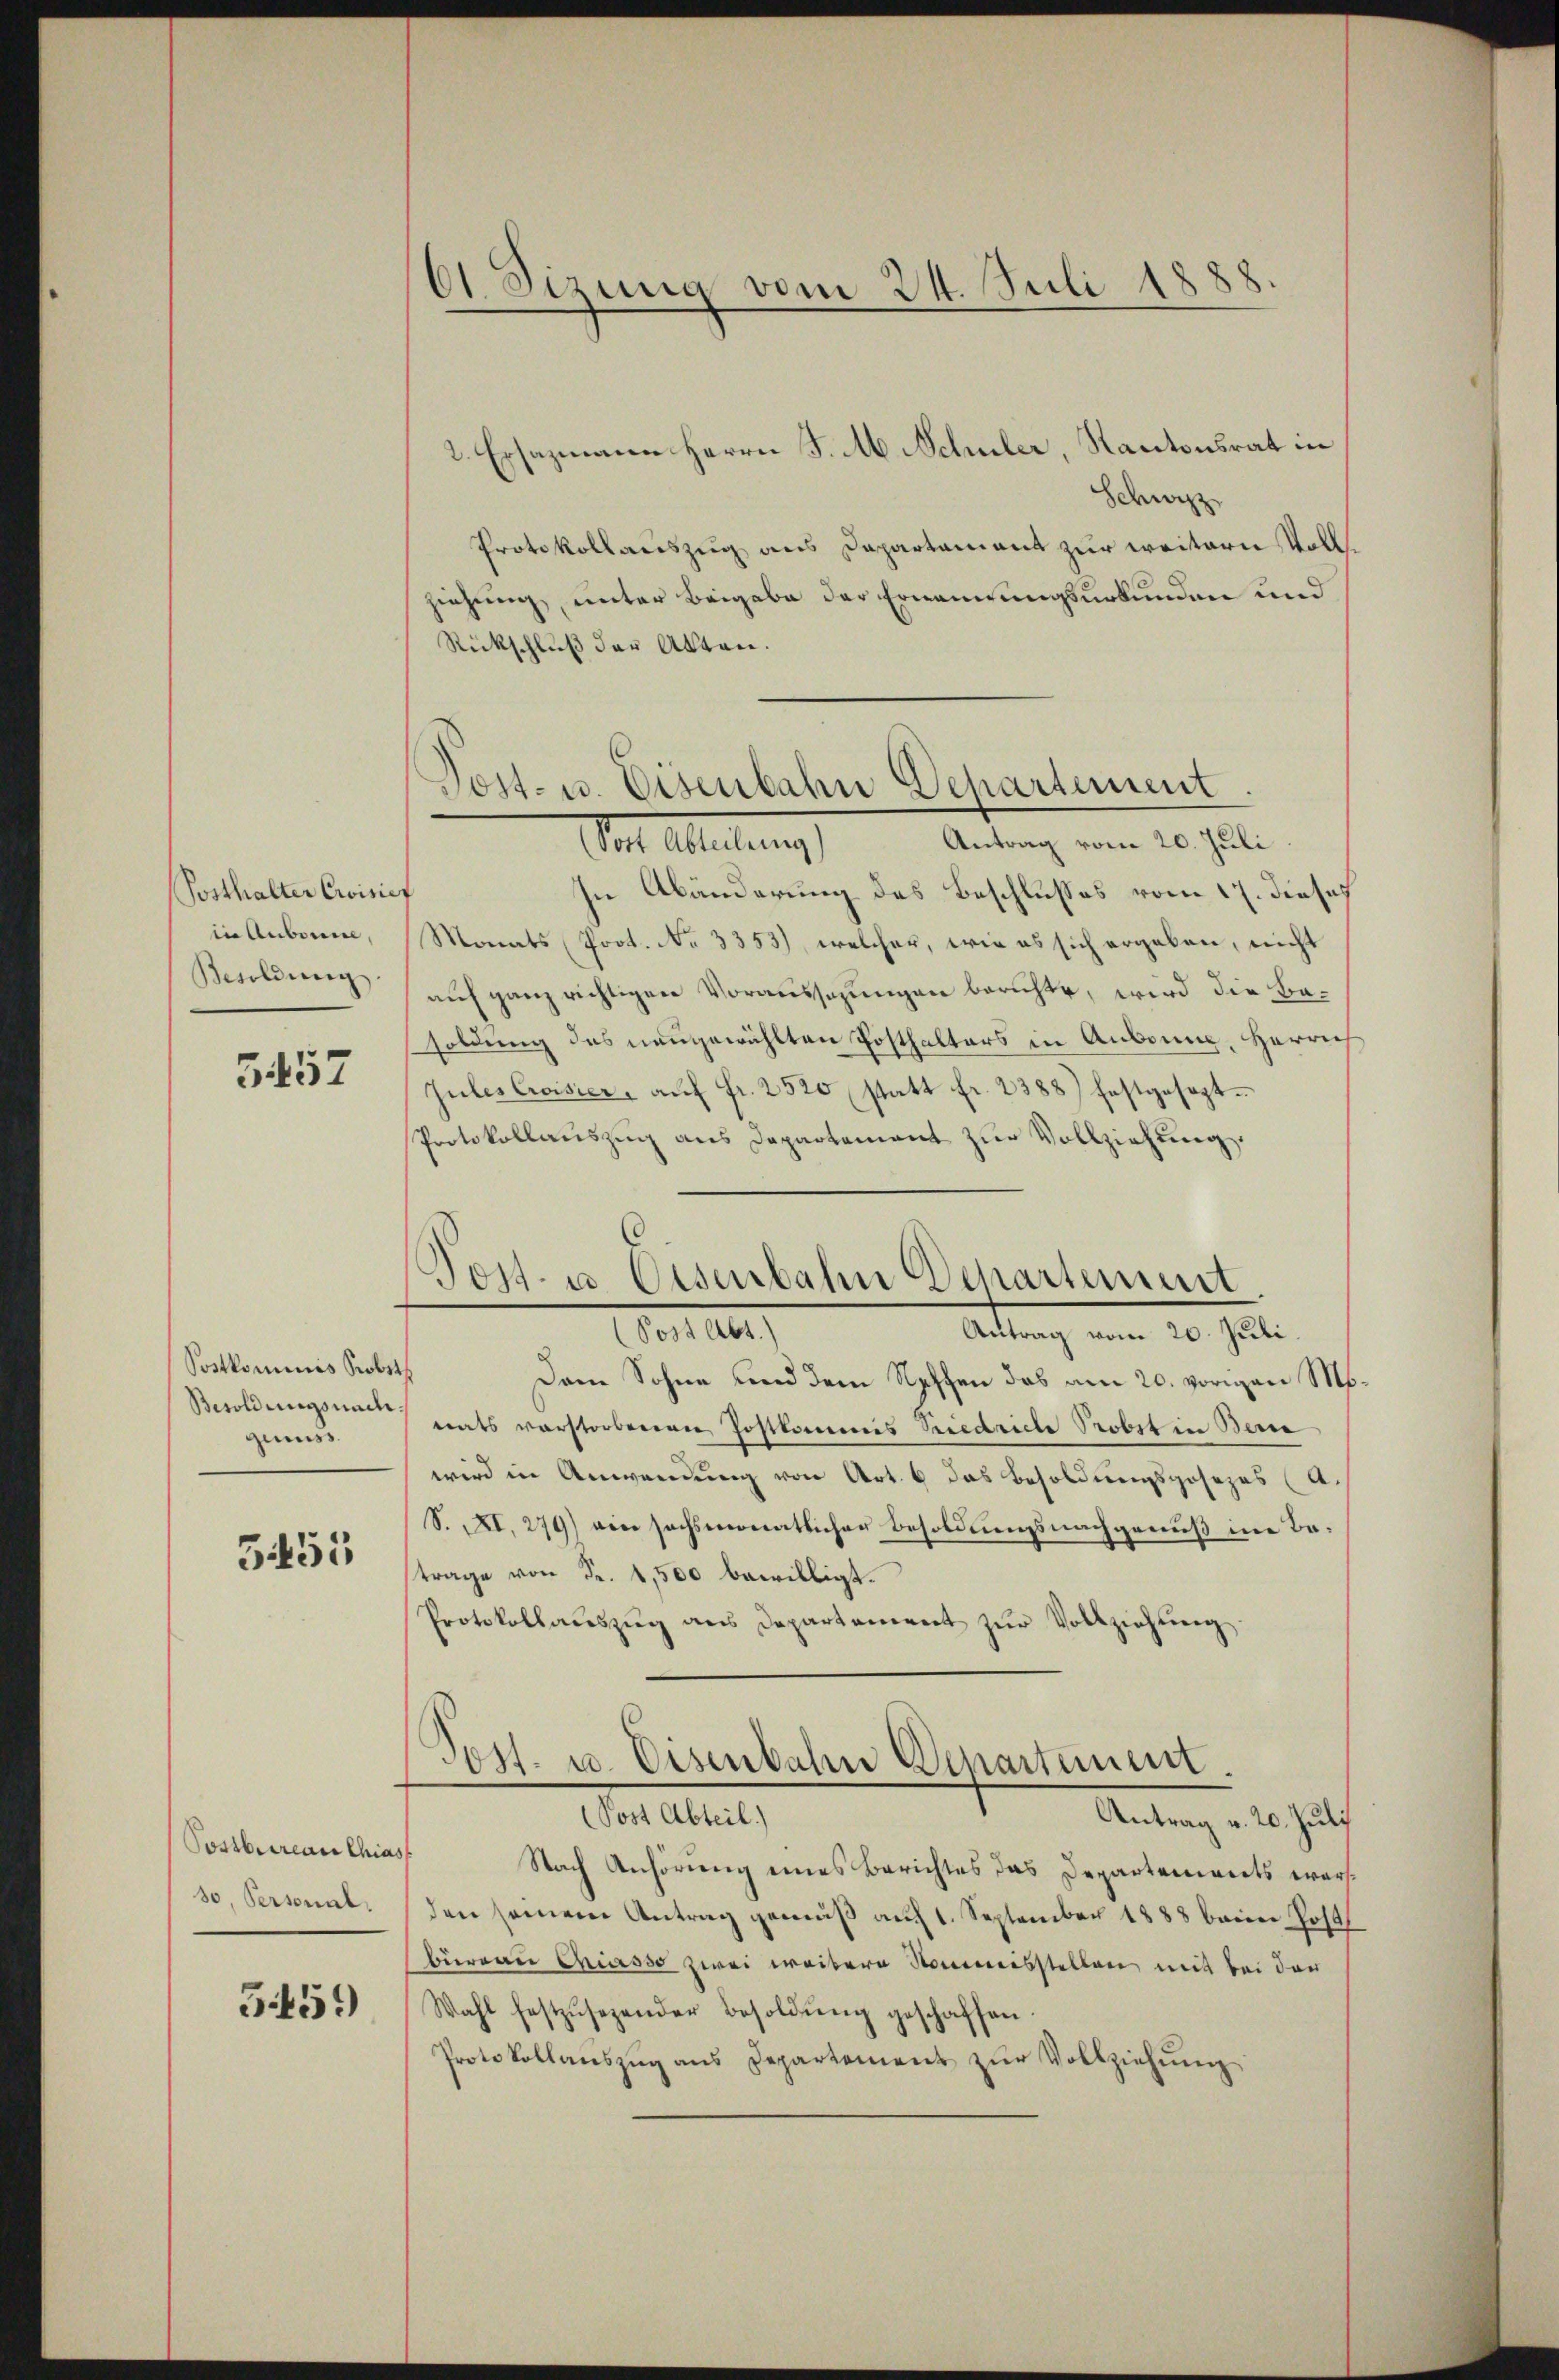
Posthalter Civisier
in Anborn,
Besoldung

G. 157

Postkominis Probst
Besoldungsnachguniss

555

Postbureau Chia
30, Personal.

5451)

61 Sizung vom 24. Juli 1888

2. Ersazmann Herrn J. M. Schuler, Kantonsrat in
Schwyz
Protokollauszug aus Departament zur weiterer Vollziehung, unter Beigabe der Ernennungsurkunden und
Rückschluß der Akten.

Post. u. Eisenbahn Dchartement

Antrag vom 20. Juli
Vor Meistung
In Abänderung des Beschlusses vom 17. dieses
Monats Prot. No 3353), welcher, wie es sich ergaben, nicht
auf ganz richtigen Voraussezungen berichte, wird die Basoldung des neugewählten Posthalters in Anbring, Herrich
Jules Crisier, aŭf fr. 2520 statt fr. 2388) festgesezt.
Protokollauszug aus Departement zur Vollziehung
d

Post- u. Eisenbahn Departement

Von der
Antrag vom 20. Juli
Dem Sohne und dem Neffen das am 20. vorigen Ms.
nats verstorbenen Postkommnis niedriche Probit in Bere
wird in Anwendung von Art. 6 das Besoldungsposezes (A.
S. XXI. 279) ein sechsmonatlicher Besoldungsnachgenuß in Betrage von Fr. 1,500 bewilligt.
Protokollaŭszŭg ans Departement zŭr Vollziehŭng
Poss. u. Eisenbahn Departement.
(Post Abteil)
Antrag v. 20. Juli
t
Nach Anhörung eines Berichtes das Departements warsden seinem Antrag gemäß auch 1. September 1888 beim Post
büreau Chiasso zwei weitere Sommensstellen mit bei der
Wahl festzŭsezender Besoldŭng geschaffen.
Protokollanszŭg ans Departement zŭr Vollziehŭng